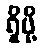
ရှိဖို့